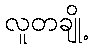
လူတချို့